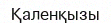
Қаленқызы